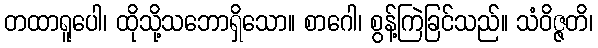
တထာရူပေါ၊ ထိုသို့သဘောရှိသော။ စာဂေါ၊ စွန့်ကြဲခြင်သည်။ သံဝိဇ္ဇတိ၊